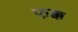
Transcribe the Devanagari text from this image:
फक्क